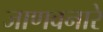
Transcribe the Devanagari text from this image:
जाणवनारे